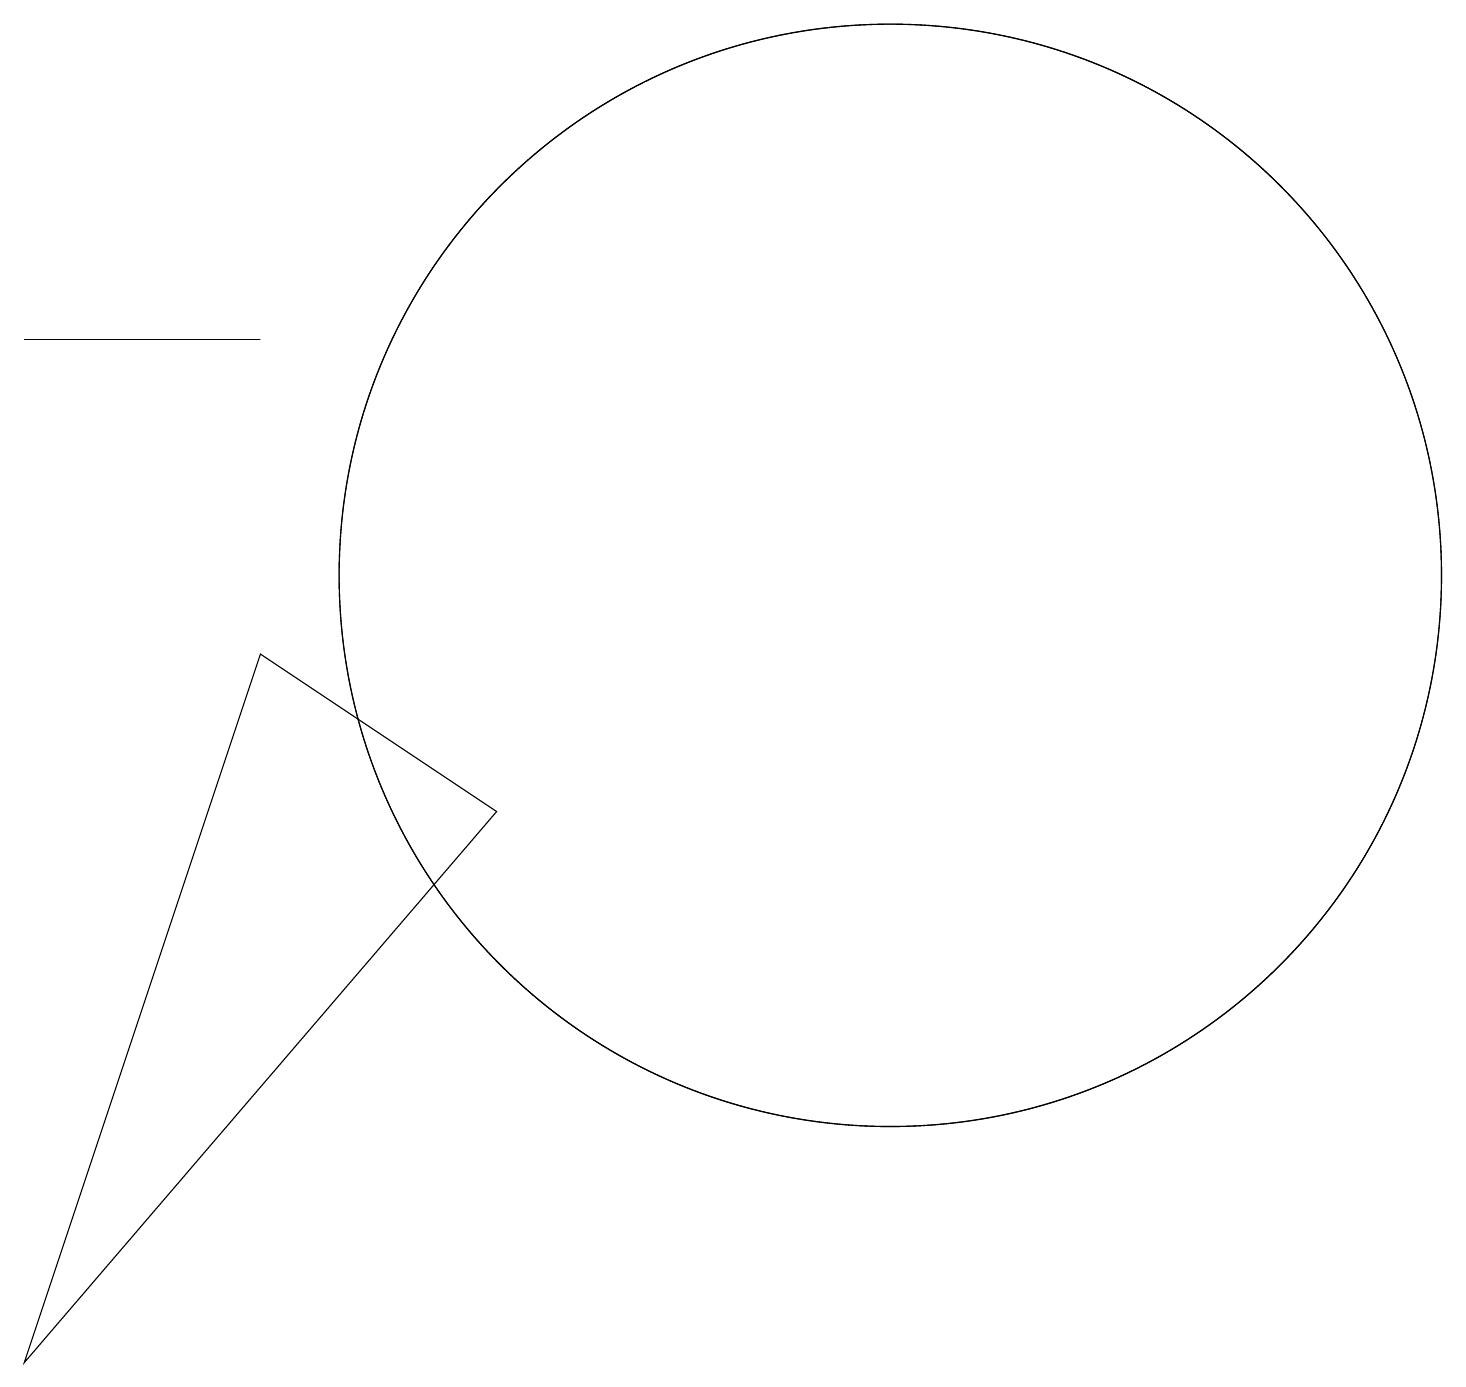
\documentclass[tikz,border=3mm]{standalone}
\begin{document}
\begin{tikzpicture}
\draw (3,13) rectangle (0,13);
\draw (3,9) -- (6,7) -- (0,0) -- cycle;
\draw (11,10) circle (7);
\draw (11,10) circle (7);
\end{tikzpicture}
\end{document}